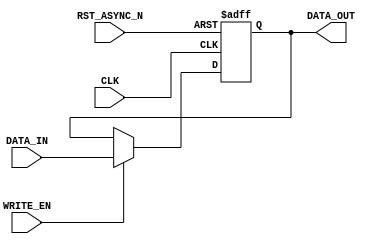
/*-----------------------------------------------------------------------------------
* Date generated: 25/03/2023
* Date modified: 28/05/2023
* Description: Stores the mux_sel_bffer_col
*----------------------------------------------------------------------------------- */

module reg_buf_col_counter (
    CLK,
    RST_ASYNC_N, 
    WRITE_EN,
    DATA_IN,  
    DATA_OUT
);


// ------------------------------------------
// IO declaration
// ------------------------------------------
    input CLK;                              // Clock
    input RST_ASYNC_N;						// Asynchronous reset
    input WRITE_EN;							// Enables writing
    input  [1:0] DATA_IN;			// Data in
    output reg  [1:0] DATA_OUT;	    // Data out
    

// ------------------------------------------
// Sequential logic
// ------------------------------------------
always @(posedge CLK, negedge RST_ASYNC_N) begin
if (!RST_ASYNC_N)                        // If rst async is low
    begin
            DATA_OUT <= 2'b0;
    end
    
    else if (WRITE_EN) 		 			    // If write enable is high
    begin
        DATA_OUT <= DATA_IN; 			    // Write data to the register at the specified address
    end 
end

endmodule // reg_buf_col_counter